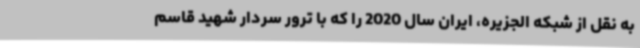
به نقل از شبکه الجزیره، ایران سال 2020 را که با ترور سردار شهید قاسم